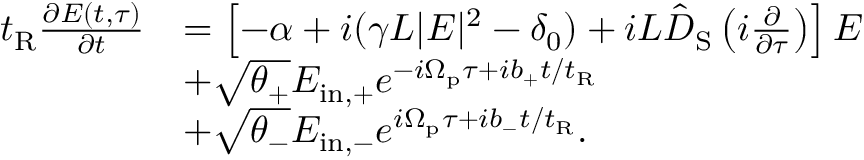
\begin{array} { r l } { t _ { \mathrm { R } } \frac { \partial E ( t , \tau ) } { \partial t } } & { = \left[ - \alpha + i ( \gamma L | E | ^ { 2 } - \delta _ { 0 } ) + i L \hat { D } _ { \mathrm { S } } \left( i \frac { \partial } { \partial \tau } \right) \right] E } \\ & { + \sqrt { \theta _ { + } } E _ { \mathrm { i n , + } } e ^ { - i \Omega _ { \mathrm { p } } \tau + i b _ { + } t / t _ { \mathrm { R } } } } \\ & { + \sqrt { \theta _ { - } } E _ { \mathrm { i n , - } } e ^ { i \Omega _ { \mathrm { p } } \tau + i b _ { - } t / t _ { \mathrm { R } } } . } \end{array}